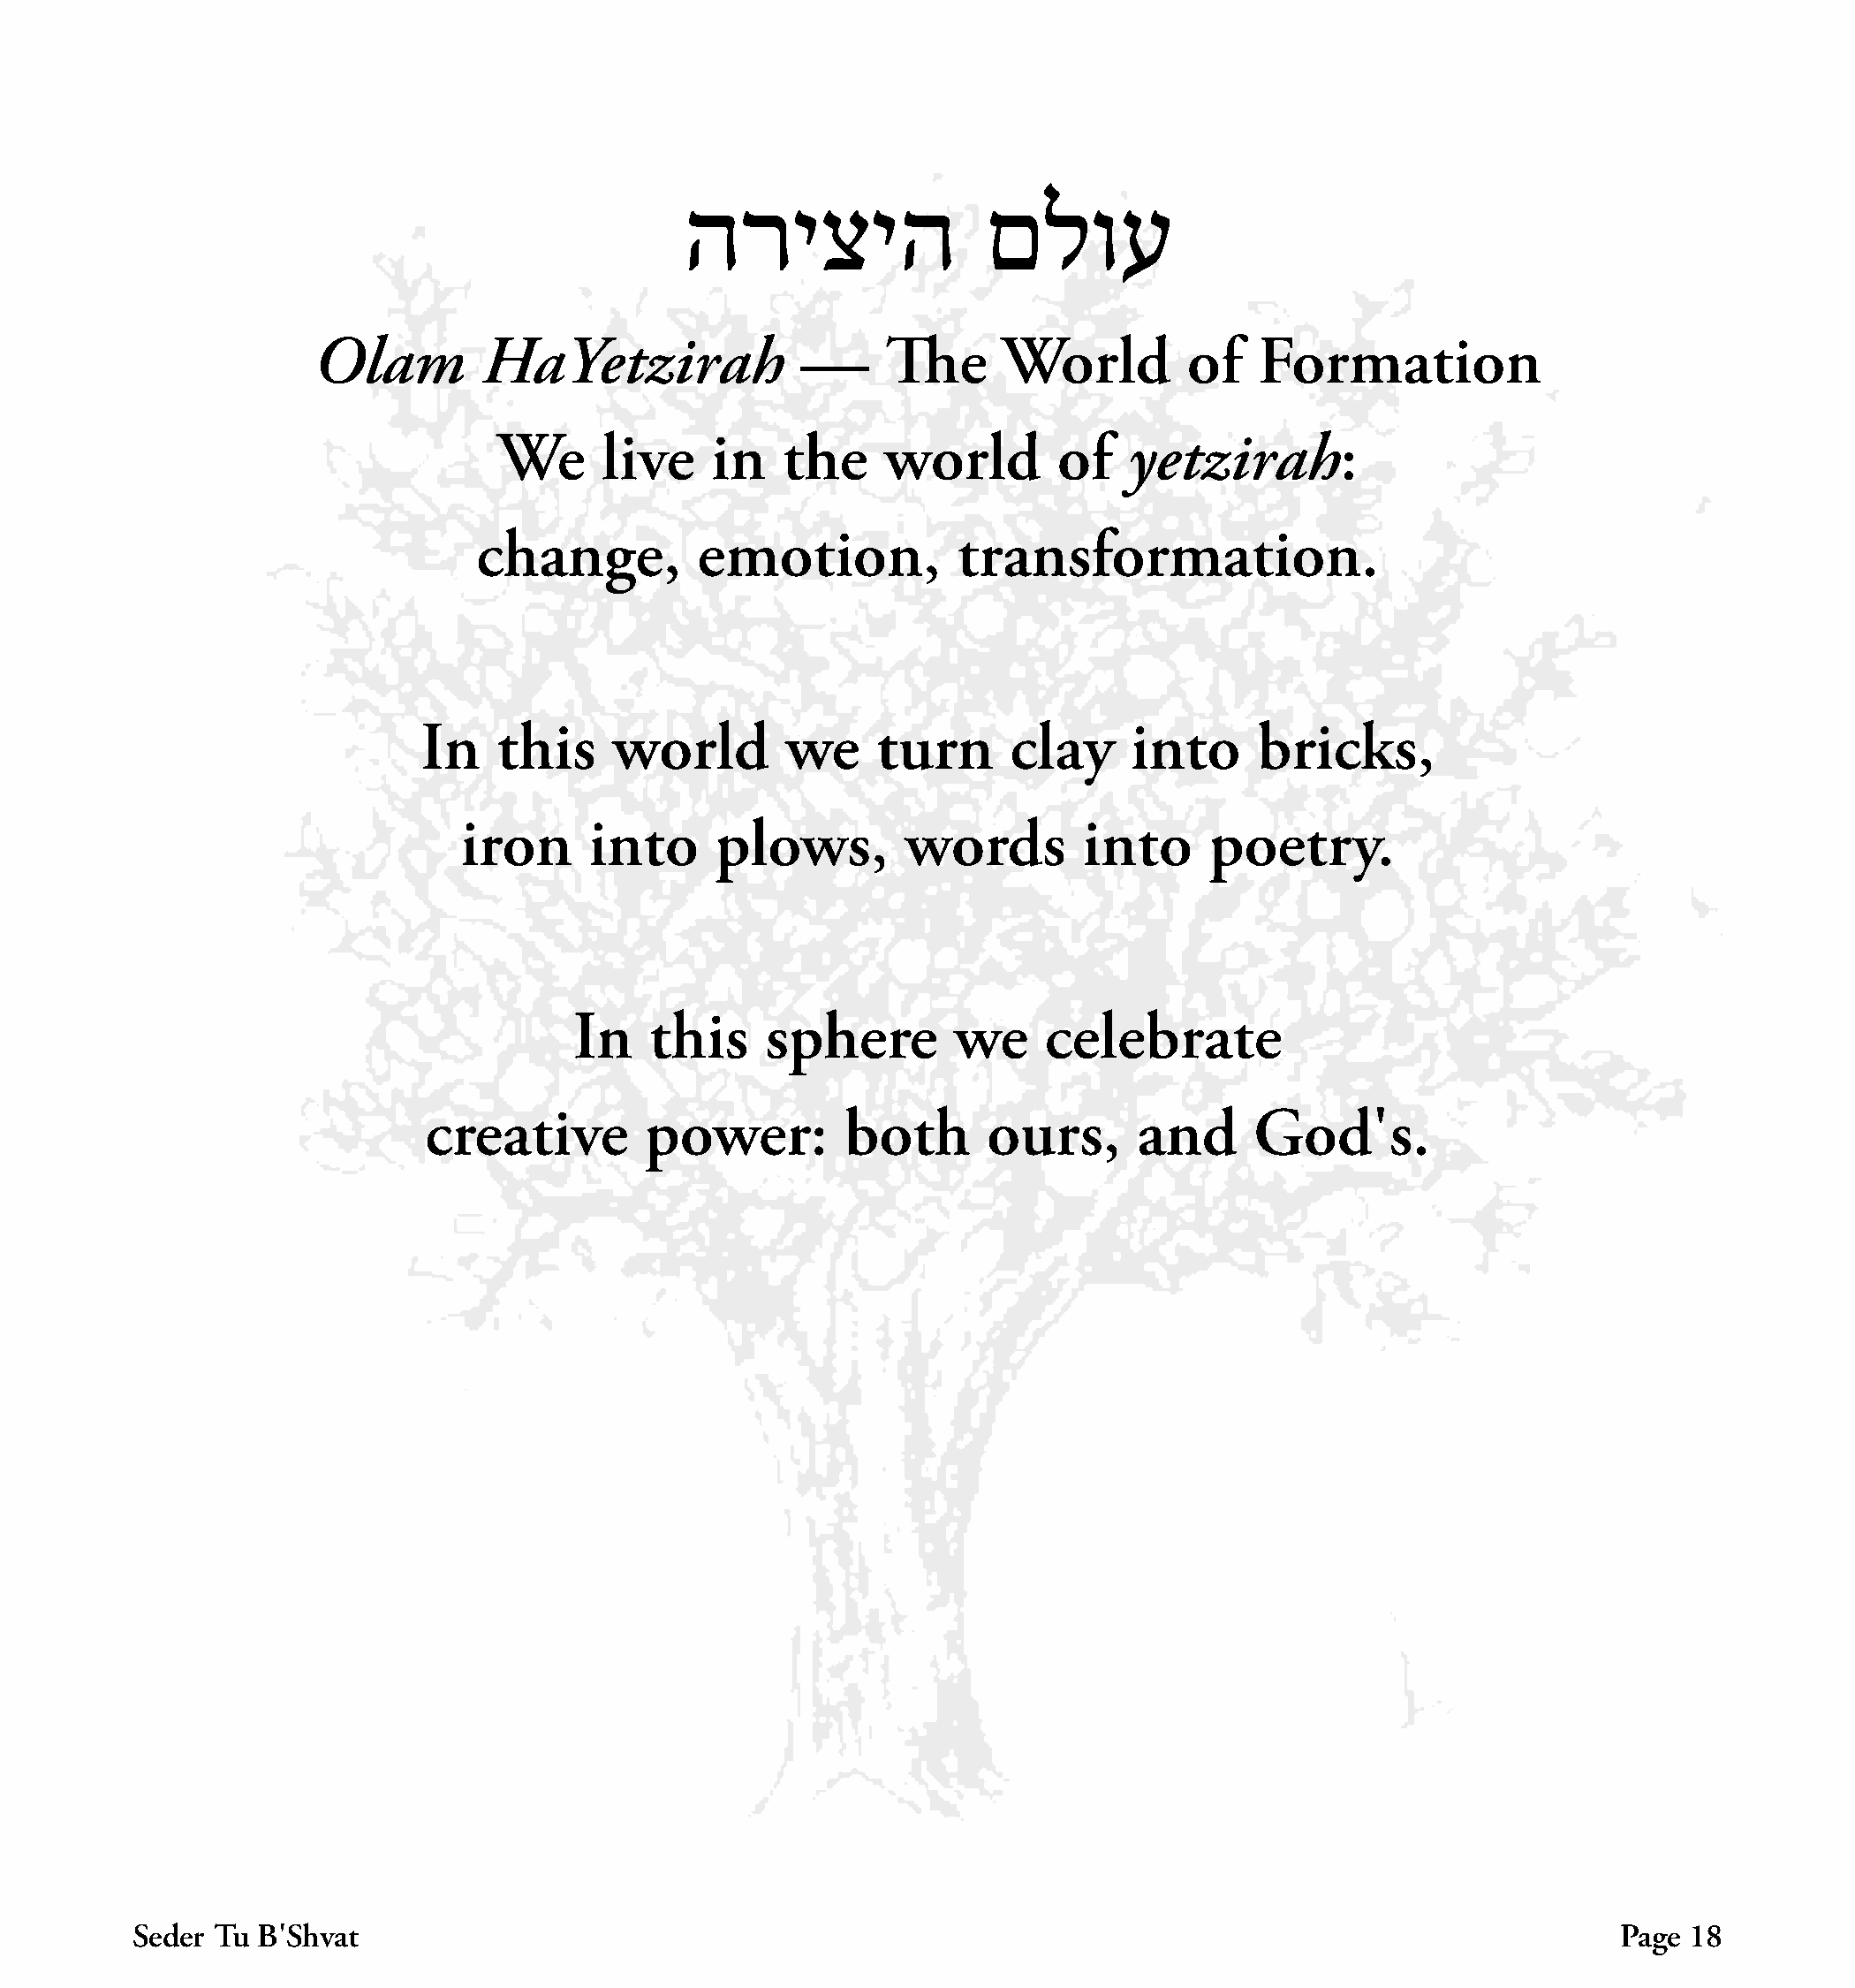
הריציה                 םלוע
 Olam         HaYetzirah              —     The      World         of   Formation
 We      live    in    the    world        of    yetzirah:
 change,         emotion,            transformation.
 In   this     world        we     turn      clay     into     bricks,
 iron     into      plows,        words        into      poetry.
 In    this    sphere         we    celebrate
 creative        power:         both       ours,      and      God׳s.
 Seder Tu B׳Shvat                                                                                               Page  18